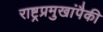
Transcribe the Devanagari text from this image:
राष्ट्रप्रमुखांपैकी